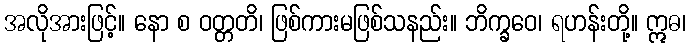
အလိုအားဖြင့်။ နော စ ဝတ္တတိ၊ ဖြစ်ကားမဖြစ်သနည်း။ ဘိက္ခဝေ၊ ရဟန်းတို့။ ဣဓ၊